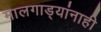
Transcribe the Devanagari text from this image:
मालगाड्यांनाही